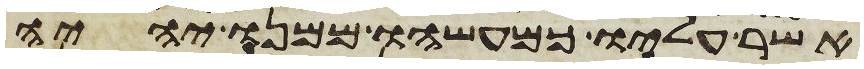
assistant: אשר עליו כמעשהו ממנו יהיה